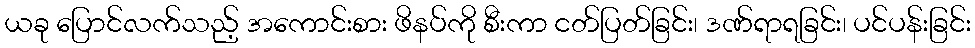
ယခု ပြောင်လက်သည့် အကောင်းစား ဖိနပ်ကို စီးကာ ငတ်ပြတ်ခြင်း၊ ဒဏ်ရာရခြင်း၊ ပင်ပန်းခြင်း